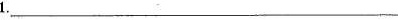
1. ___________________